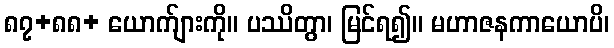
၈၇+၈၈+ ယောက်ျားကို။ ပဿိတွာ၊ မြင်ရ၍။ မဟာဇနကာယောပိ၊